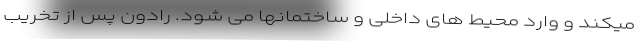
میکند و وارد محیط های داخلی و ساختمانها می شود. رادون پس از تخریب